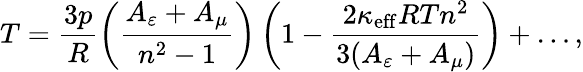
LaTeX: T=\frac{3p}{R}\left(\frac{A_{\varepsilon}+A_{\mu}}{n^{2}-1}\right)\left(1-\frac{2\kappa_{\mathrm{eff}}RTn^{2}}{3(A_{\varepsilon}+A_{\mu})}\right)+\ldots,